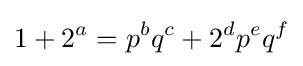
1+2^{a}=p^{b}q^{c}+2^{d}p^{e}q^{f}